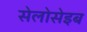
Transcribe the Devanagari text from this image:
सेलोसेइब